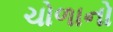
ચોળાનો